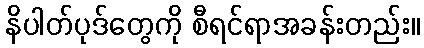
နိပါတ်ပုဒ်တွေကို စီရင်ရာအခန်းတည်း။